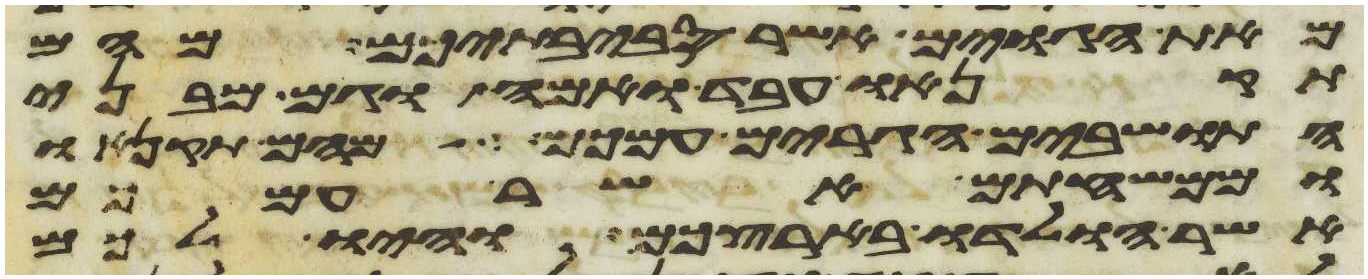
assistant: מאת הגוים אשר סביבתיכם מהם
תקנהו עבד ואמה וגם מבני
התושבים הגרים עמכם מהם תקנהו
וממשפחתם אשר עמכם
אשר הולדו בארצכם והיו לכם